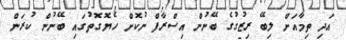
އަދި ތިމާއަށް ލިބޭ ރިޒުގުގެ ބޭނުން އިސްރާފް ނުކޮށް ހެޔޮގޮތުގައި ބޭނުން ކުރަން